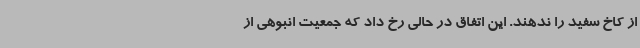
از کاخ سفید را ندهند. این اتفاق در حالی رخ داد که جمعیت انبوهی از